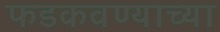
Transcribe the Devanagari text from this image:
फडकवण्याच्या